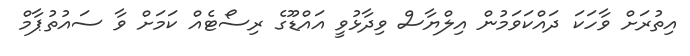
އިތުރަށް ވާހަކަ ދައްކަވަމުން އިލްޔާސް ވިދާޅުވީ އައްޑޫގެ ރިސޯޓެއްް ކަމަށް ވާ ސައުތުޕާމް